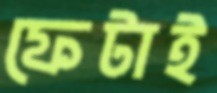
ফেটাই